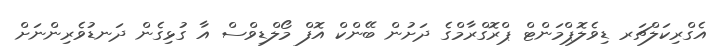
އެގްރިކަލްޗަރ ޑިވެލޮޕްމަންޓް ޕްރޮގްރާމްގެ ދަށުން ބޭންކް އޮފް މޯލްޑިވްސް އާ ގުޅިގެން ދަނޑުވެރިންނަށް